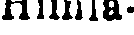
Himla-